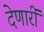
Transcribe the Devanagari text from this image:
देणारीं